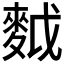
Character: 𪌝